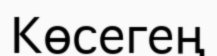
Көсегең